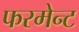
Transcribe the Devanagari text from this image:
फरमेन्ट